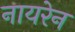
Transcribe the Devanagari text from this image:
नायरेन